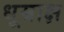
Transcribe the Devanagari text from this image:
धूम्राक्ष